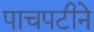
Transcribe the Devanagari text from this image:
पाचपटीने